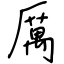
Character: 厲